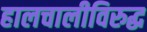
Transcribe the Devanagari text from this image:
हालचालीविरुद्ध